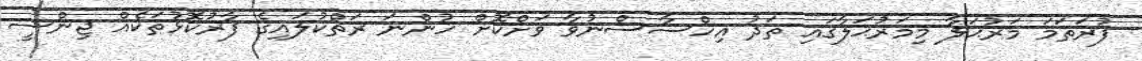
ފުރަތަމަ މަރުޙަލާ މިމަރުޙަލާގައި ތަދު އިހްސާސްނުވާ ވަށްކޮށް ހުންނަ ރަތްކުލައިގެ ފާރުކޮޅުތަކެއް ޖިންސީ